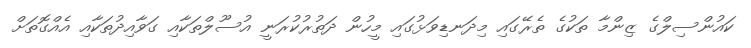
ކައުންސިލްގެ ޒިންމާ ތަކުގެ ތެރޭގައި މިދަނޑިވަޅުގައި މީހުން ދަތުރުކުރަނީ އުސޫލްތަކާއި ގަވާއިދުތަކާއި އެއްގޮތަށް